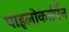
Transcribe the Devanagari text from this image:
पाइलोकार्पिन